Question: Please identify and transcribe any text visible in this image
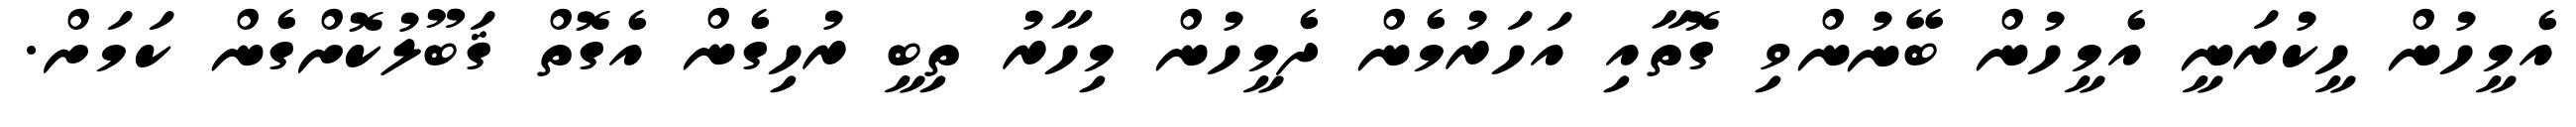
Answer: އެމީހުން ހީކުރަނީ އެމީހުން ބޭނުންވި ގޮތާއި އަހަރުމެން ދެމީހުން މިހާރު ތިބީ ރުހިގެން އެގޮތް ޤަބޫލުކޮށްގެން ކަމަށް.